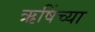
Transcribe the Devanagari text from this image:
ऋषिंच्या